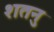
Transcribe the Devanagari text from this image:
शतनु